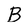
Character: B